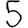
Digit: 5